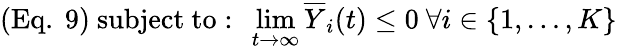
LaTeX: ({\mathrm{Eq.~}}9){\mathrm{~}}{\mathrm{subject~to:~}}\operatorname*{lim}_{t\rightarrow\infty}{\overline{{Y}}}_{i}(t)\leq 0{\mathrm{~}}\forall i\in\{ 1,\ldots,K\}